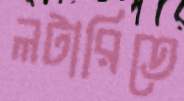
লটারিতে